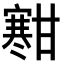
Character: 𫴐